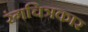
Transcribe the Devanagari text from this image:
रंगचित्रकार